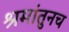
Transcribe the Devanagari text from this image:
श्रमांतुनच